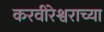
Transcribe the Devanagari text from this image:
करवीरेश्वराच्या